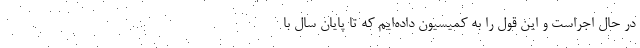
در حال اجراست و این قول را به کمیسیون داده‌ایم که تا پایان سال با